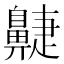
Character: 𪖮